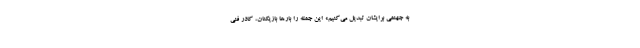
به جهنمی برایشان تبدیل می‌کنیم» این جمله را بارها بازیکنان، کادر فنی